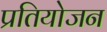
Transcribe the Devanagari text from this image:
प्रतियोजन